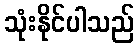
သုံးနိုင်ပါသည်